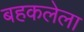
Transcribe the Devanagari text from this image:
बहकलेला